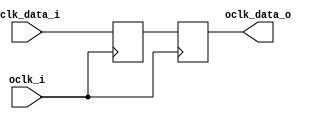
// This program was cloned from: https://github.com/NYU-MLDA/OpenABC
// License: BSD 3-Clause "New" or "Revised" License

module bsg_sync_sync_1_unit
(
  oclk_i,
  iclk_data_i,
  oclk_data_o
);

  input [0:0] iclk_data_i;
  output [0:0] oclk_data_o;
  input oclk_i;
  wire [0:0] oclk_data_o,bsg_SYNC_1_r;
  reg bsg_SYNC_1_r_0_sv2v_reg,oclk_data_o_0_sv2v_reg;
  assign bsg_SYNC_1_r[0] = bsg_SYNC_1_r_0_sv2v_reg;
  assign oclk_data_o[0] = oclk_data_o_0_sv2v_reg;

  always @(posedge oclk_i) begin
    if(1'b1) begin
      bsg_SYNC_1_r_0_sv2v_reg <= iclk_data_i[0];
    end 
  end


  always @(posedge oclk_i) begin
    if(1'b1) begin
      oclk_data_o_0_sv2v_reg <= bsg_SYNC_1_r[0];
    end 
  end


endmodule